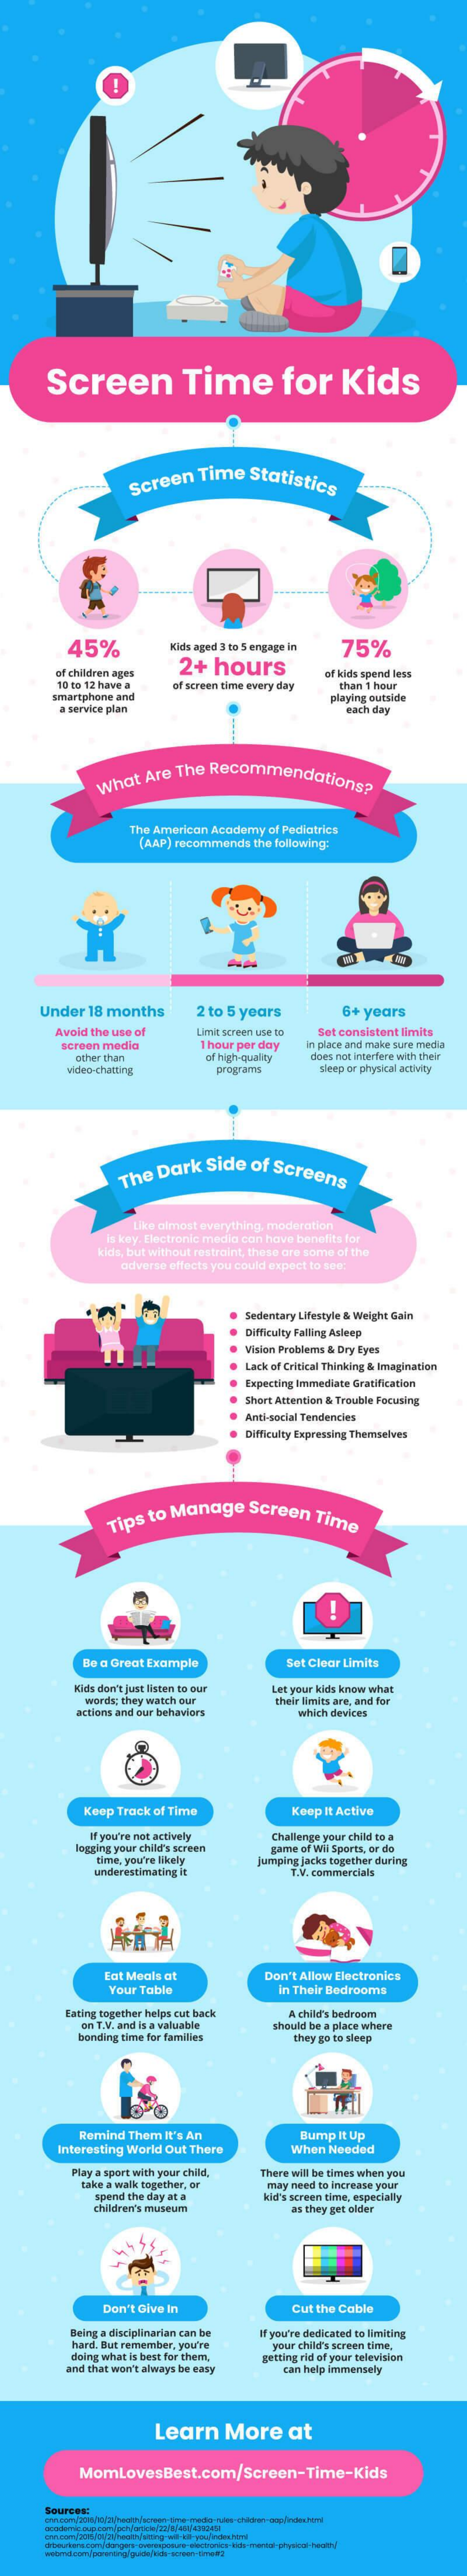
Screen    Time    for    Kids
     Screen   Time   Statistics
     45%    Kids aged 3 to 5 engage in
     2+  hours
     75%
     of children ages    of kids spend less
     10 to 12 have a of screen time every day than 1 hour
     smartphone and
     a service plan
     playing outside
     each day
     What  Are The Recommendations?
     The American Academy of Pediatrics
     (AAP) recommends the following.
     -
     Under  18 months    2 to 5 years    6+ years
     Avoid the use of  Umit screen use 10 Set consistent limits
     screen media    1 hour per day in place and make sure media
     other than    of high-quality does not interfere with their
     programs    Weep or physical activity
     The Dark   Side  of Screens
     Like almost everything, moderation
     is key. Electronic media con have benefits for
     kids, but without restraint, these are some of the
     adverse effects you could expect to see:
     Sedentary Lifestyle & Weight Gain
     Difficulty Falling Asleep
     Vision Problems & Dry Eyes
     Lack of Critical Thinking & Imagination
     Expecting Immediate Gratification
     Short Attention & Trouble Focusing
     Anti-social Tendencies
     Difficulty Expressing Themselves
     Tips to Manage    Screen  Time
     Be a Great Example    Set Clear Limits
     uds don't just listen to our
     words; they watch our
     Let your kids know what
     their limits are, and for
     action and our behaviors    which devices
     Keep Track of Time    Keep It Active
     If you're not actively
     lagging your child's screen
     Challenge your child to a
     time, you're likely
     game of Wil Sports, or do
     underestimating it
     jumping jacks together during
     T.V. commercials
     Eat Meals at    Don't Allow Electronics
     Your Table    in Their Bedrooms
     Eating together helps cut back A child's bedroom
     on T.V. and is a valuable
     bonding time for families
     should be a place where
     they go to sleep
     Remind Them It's An
     Interesting World Out There
     Bump It Up
     When Needed
     Play a sport with your child,
     take a walk together, or
     There will be times when you
     spend the day at a
     may need to increase your
     children's museum
     kid's screen time, especially
     as they get older
     Don't Give In    Cut the Cable
     Being a disciplinarian can be
     hard, But remember, you're
     If you're dedicated to limiting
     doing what is best for them.
     your child's screen time,
     and that won't always be easy
     getting rid of your television
     Can help immensely
     Learn    More    at
     MomLovesBest.com/Screen-Time-Kids
     Sources: